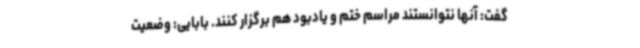
گفت: آنها نتوانستند مراسم ختم و یادبود هم برگزار کنند. بابایی: وضعیت